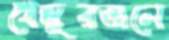
খেজুরডালে